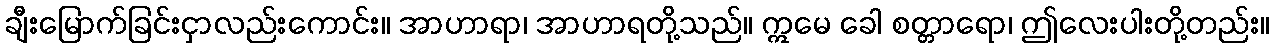
ချီးမြောက်ခြင်းငှာလည်းကောင်း။ အာဟာရာ၊ အာဟာရတို့သည်။ ဣမေ ခေါ စတ္တာရော၊ ဤလေးပါးတို့တည်း။